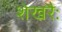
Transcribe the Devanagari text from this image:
शेखरैः